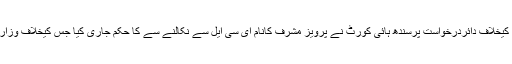
قبل ازیں وزارت داخلہ کی جانب سے پرویز مشرف کا نام ای سی ایل میں ڈالا گیاتھااس فیصلے کیخلاف دائردرخواست پرسندھ ہائی کورٹ نے پرویز مشرف کانام ای سی ایل سے نکالنے سے کا حکم جاری کیا جس کیخلاف وزارت داخلہ نے سپریم کورٹ سے رجوع کیا جس نے سندھ ہائی کورٹ کافیصلہ معطل کر دیا تھا۔